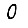
Digit: 0